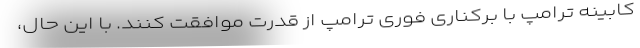
کابینه ترامپ با برکناری فوری ترامپ از قدرت موافقت کنند. با این حال،